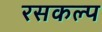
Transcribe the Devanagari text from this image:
रसकल्प